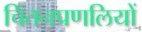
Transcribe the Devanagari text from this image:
चिंतनप्रणलियों